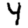
Digit: 4